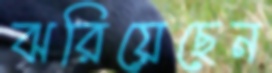
ঝরিয়েছেন